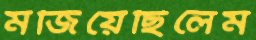
মজিয়েছিলেম